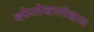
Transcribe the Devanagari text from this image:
बफेलोखालोखाल